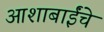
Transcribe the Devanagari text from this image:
आशाबाईंचे